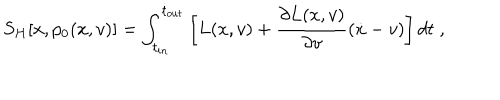
LaTeX: S _ { H } [ x , p _ { 0 } ( x , v ) ] = \int _ { t _ { i n } } ^ { t _ { o u t } } \left[ L ( x , v ) + \frac { \partial L ( x , v ) } { \partial v } ( \dot { x } - v ) \right] d t \; ,